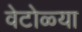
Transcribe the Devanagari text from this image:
वेटोळ्या